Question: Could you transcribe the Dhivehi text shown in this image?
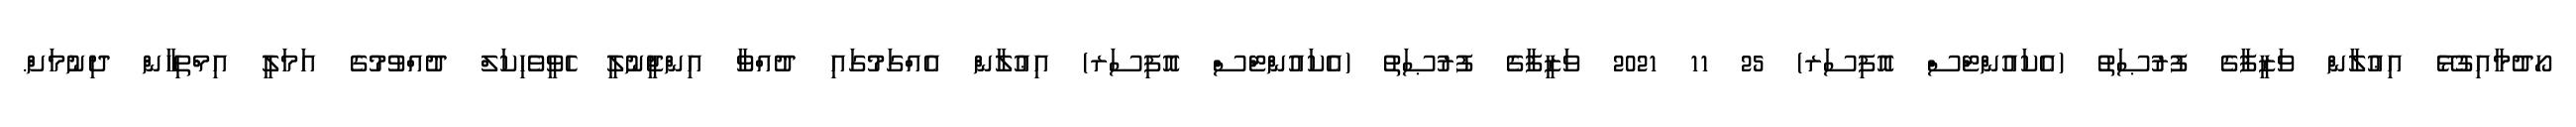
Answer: ހޯދުމާއިގުޅޭ އިޢުލާން ވަޒީފާގެ ފުރުޞަތު (އެކައުންޓްސް އޮފިސަރ) 25 11 2021 ވަޒީފާގެ ފުރުޞަތު (އެކައުންޓްސް އޮފިސަރ) އިޢުލާން އެއްގަމުގައި ދުއްވާ އިންޖީނުލީ ހެވީވެހިކަލް ދުއްވުމުގެ އަމަލީ އިމްތިހާން ދިނުމަށް.